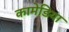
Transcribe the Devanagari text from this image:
कामेडिया